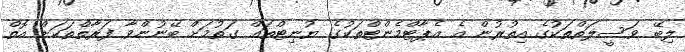
ލިބޭ ވަސީލަތްތަކުގެ އިތުރުން އެ އެޕާޓްމެންޓްތަކުގެ ޔުނިޓްތަައް ގަތުމަށް ބޭނުންވާ ފަރާތްތަކަށް އޮތް